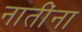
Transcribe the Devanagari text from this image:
नातींना